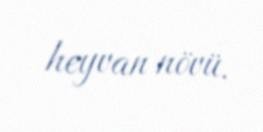
heyvan növü.